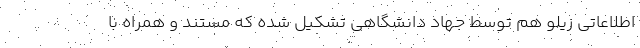
اطلاعاتی زیلو هم توسط جهاد دانشگاهی تشکیل شده که مستند و همراه با